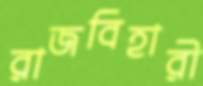
রাজবিহারী